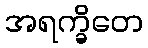
အရက္ခိတေ